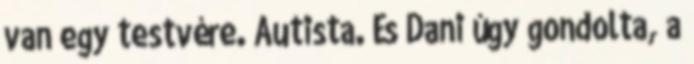
van egy testvére. Autista. És Dani úgy gondolta, a